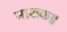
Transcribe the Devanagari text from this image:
नाशक॥